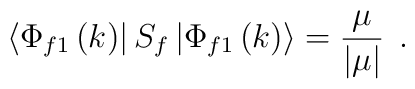
\left\langle \Phi _{f1}\left( k\right) \right| S_f\left| \Phi _{f1}\left(k\right) \right\rangle =\frac \mu {\left| \mu \right| }\;\,.